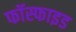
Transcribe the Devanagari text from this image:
फॉस्फाइड